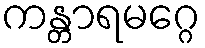
ကန္တာရမဂ္ဂေ